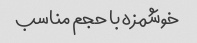
خوشمزه با حجم مناسب